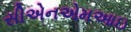
સીએનએમઆઇ